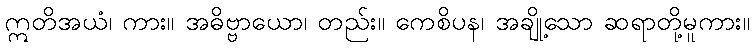
ဣတိအယံ၊ ကား။ အဓိဗ္ဗာယော၊ တည်း။ ကေစိပန၊ အချို့သော ဆရာတို့မူကား။